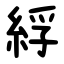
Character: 綒